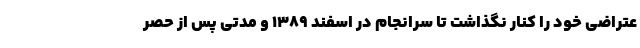
عتراضی خود را کنار نگذاشت تا سرانجام در اسفند ۱۳۸۹ و مدتی پس از حصر